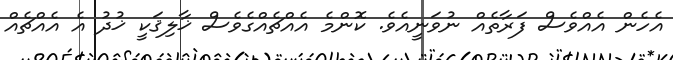
އެހެން އެއްވެސް ފަރާތެއް ނުވަނީއެވެ. ކޮންމެ އެއްޗެއްގެވެސް ޚާލިޤަކީ ޚުދު އެ އެއްޗެއް